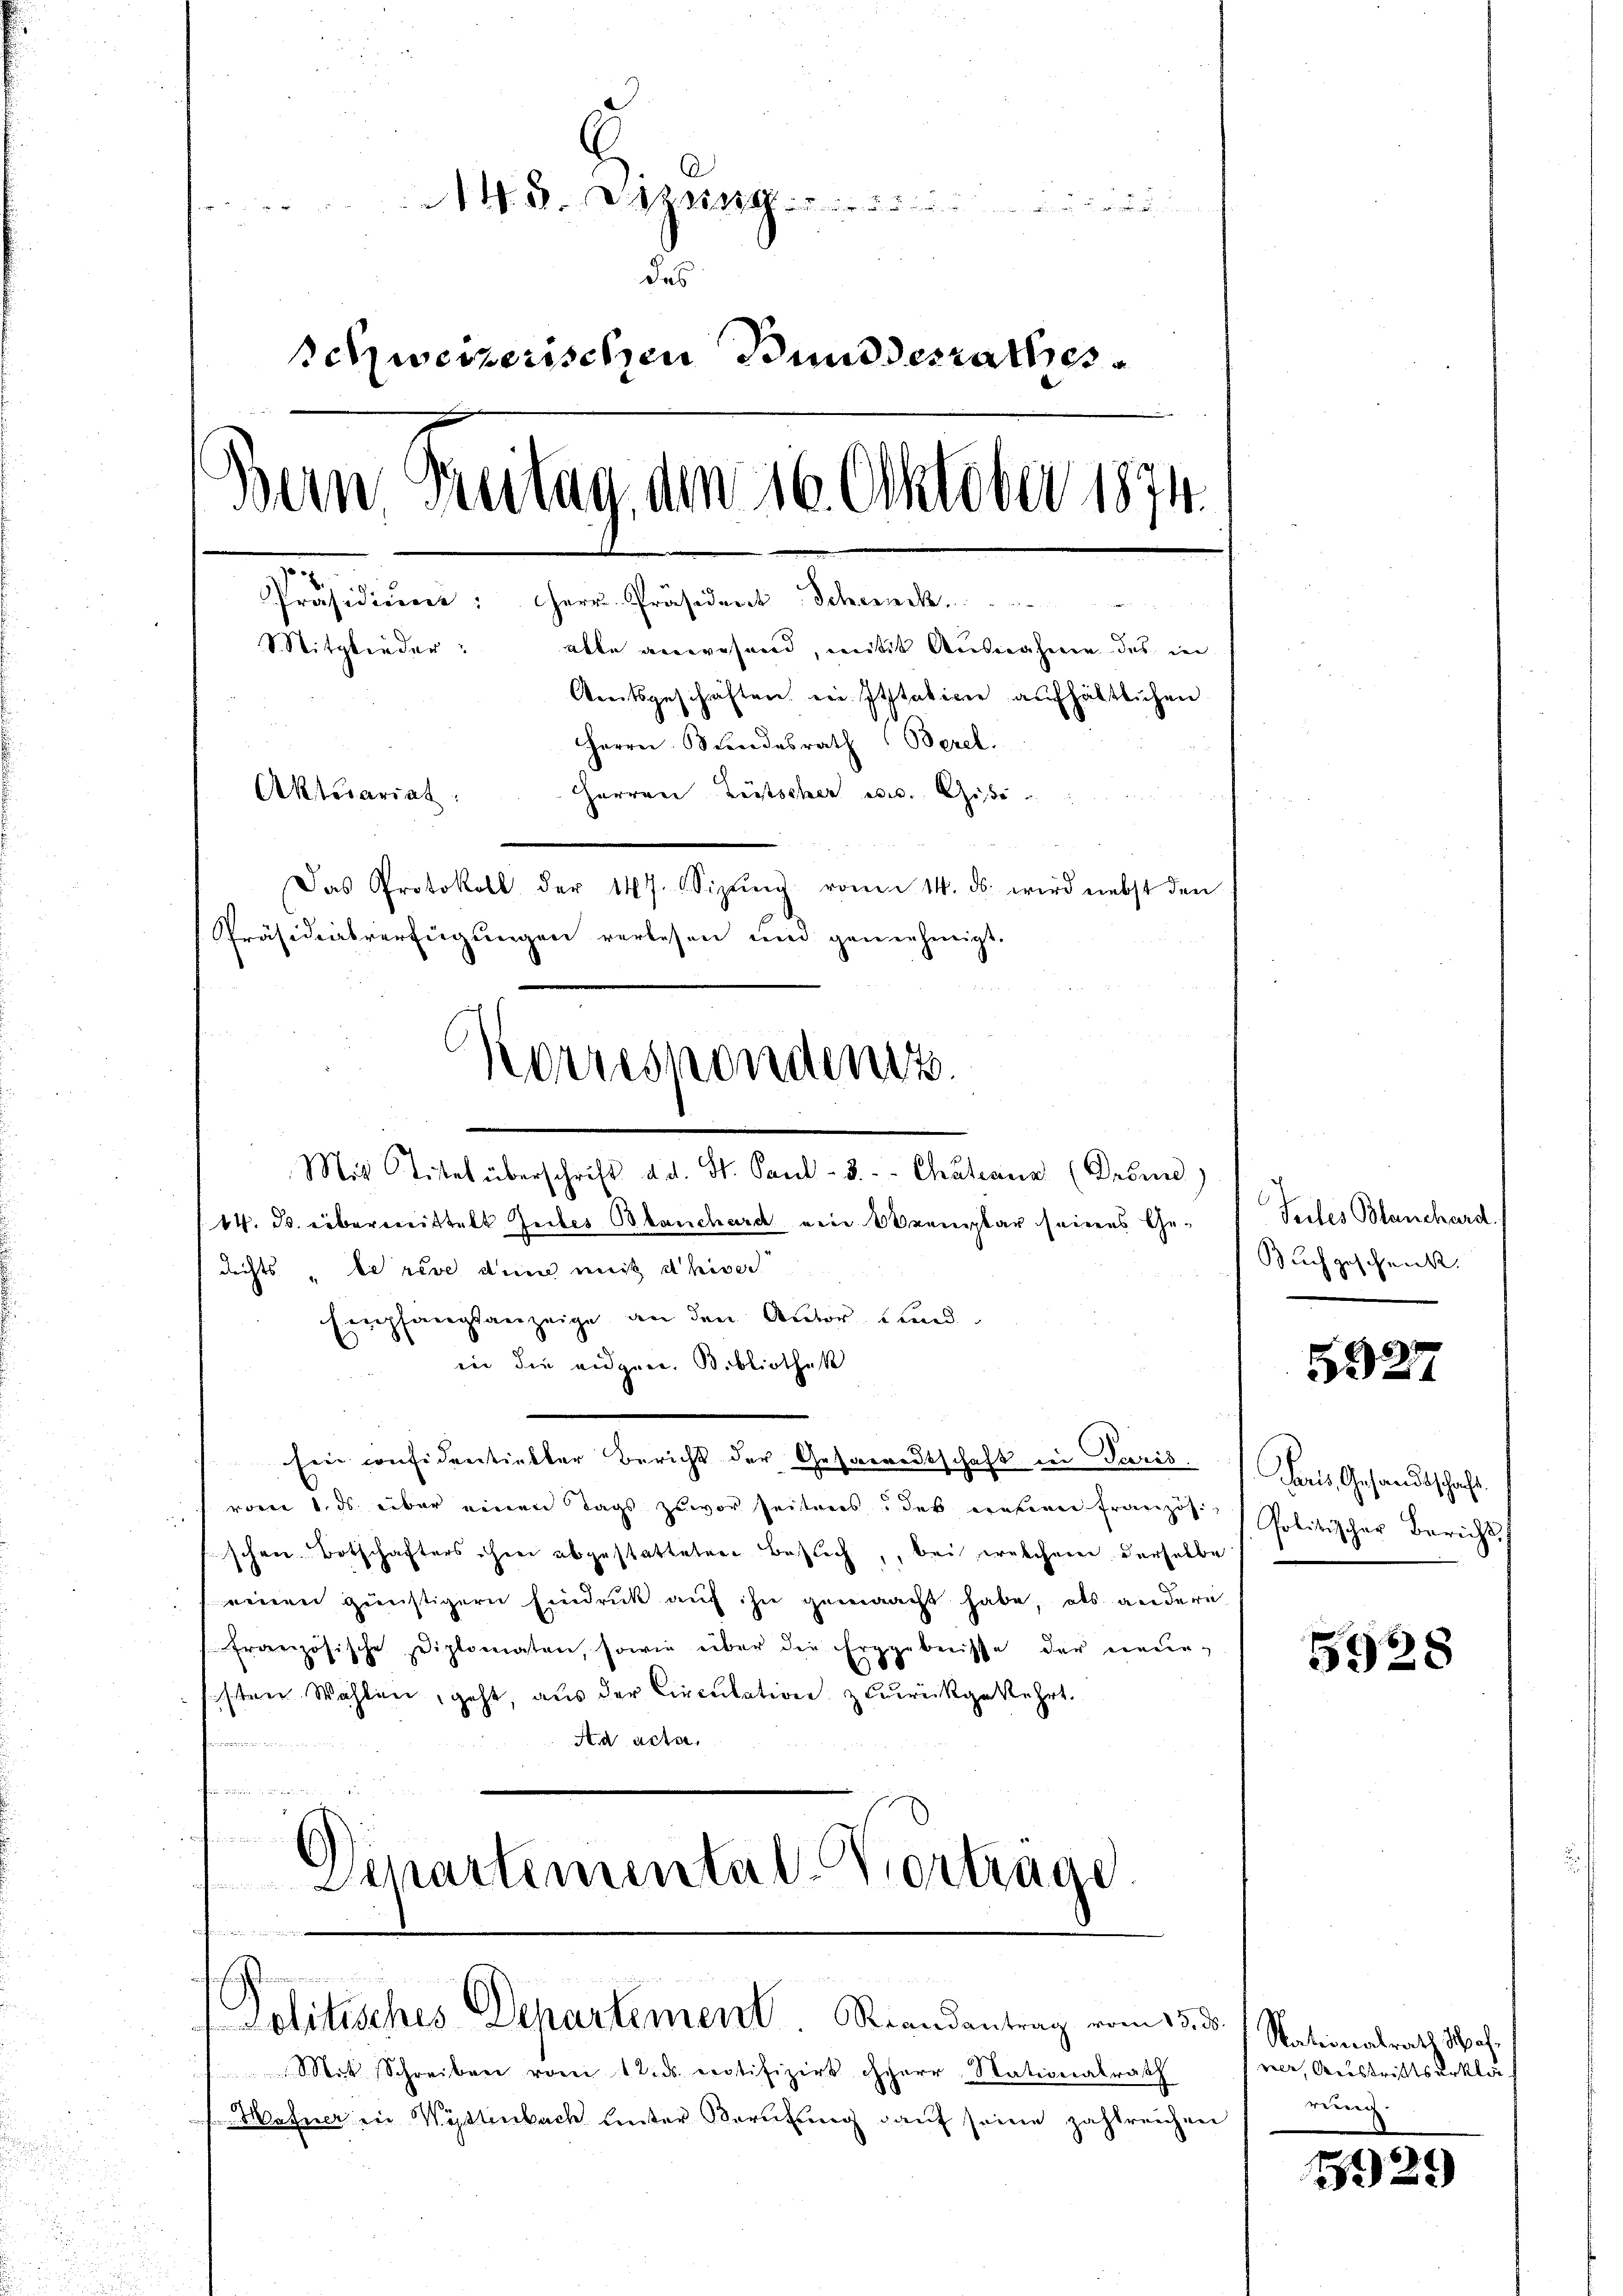
.Die
 f 0 x
des
schweizerischen Bundesrathes
Bern Greitag, den 26. Oktober 1874.
Präsidiums Herr Präsident Schenck
Sitglieder: alle anwesend, mitit Ausnahmen des in
Amtsgeschäften ein Itstative aufhältlichen
Herrn Blindesrath Berel.
Herren Lütscher es. Gie
Aktesariat
Das Protokoll der 147. Sizŭng von 14. ds. wird nebst den
Präsidialverfügungen verlesen und genehmigt.

Mit Titel überschrift d. d. St. Paul - 3. Chatiana (Derinne)
14. ds. übermittelt Gutes Blanchard eine Voremplar seines Ge¬
Richts „be rive dem mit diver
Empfangsanzeige, an den Autor und
in die eidgen. Bibliothek
Ein considentielter Bericht der Gesandtschaft in Paris.
vom 1. ds. über einen Tags zuvor seiteres, des neuen Französ.
schen Botschafters Herr abgestatteten Besuch, bei welchem derselbe
weinen günstigern Eindruck auf ihn gemaacht habe, als andern
französische Diplomaten, sowie über die Ergebnisse der neuesten Wahlen, geht, aus der Circulation zurückgekehrt.
Aa acta
m
n

)
Separtemental-Vortrage

Korrespondenz.

Sit Schreiben vom 12. ds. erotifizirt herr Stationalrath
Mafner in Wüstenbach hinter Berufung auf seine zahlreichen

n

Lolitisches Departement. Brandantrag vom 15. ds. / Nationalrath Sa

Tuiles Blanchard.
Buch geschenk.

5327

Paris Gesandtschaft.
Politischer Bericht,

5928

ner, Austrittserklär
rung.

192.